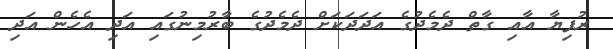
ރުފިޔާ އާއި ގާތް ދެމެދުގެ އަދަދަކަށް ދެމެދުގެ ބާރުމިނުގައި އަދި އެހެން އަދި